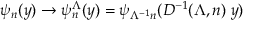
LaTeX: \psi _ { n } ( y ) \rightarrow \psi _ { n } ^ { \Lambda } ( y ) = \psi _ { \Lambda ^ { - 1 } n } ( D ^ { - 1 } ( \Lambda , n ) \; y )